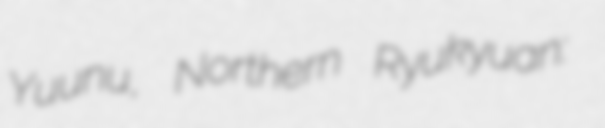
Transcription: Yuunu, Northern Ryukyuan: かゑふた